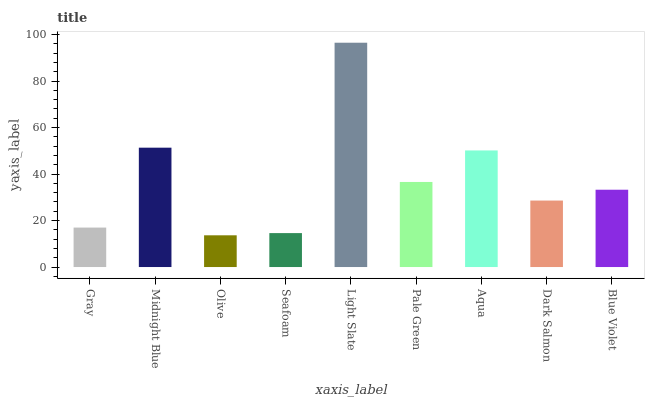
| xaxis_label | bars |
 | --- | --- |
 | Gray | 17 |
 | Midnight Blue | 51.3 |
 | Olive | 13.6 |
 | Seafoam | 14.6 |
 | Light Slate | 96.5 |
 | Pale Green | 36.6 |
 | Aqua | 50.1 |
 | Dark Salmon | 28.6 |
 | Blue Violet | 33.2 |